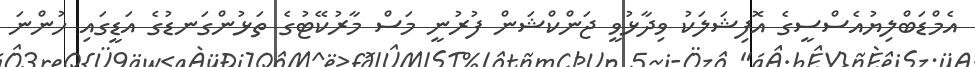
އެމްޑަބްލިޔުއެސްސީގެ އޮފިޝަލަކު ވިދާޅުވީ ޖަންކްޝަން ފުރުނީ މަސް މާރުކޭޓުގެ ތަޅުންގަނޑުގެ އަޑީގައި ހުންނަ